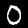
Digit: 0